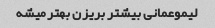
لیموعمانی بیشتر بریزن بهترمیشه